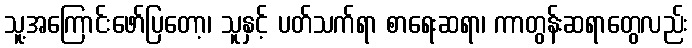
သူ့အကြောင်းဖော်ပြတော့၊ သူနှင့် ပတ်သက်ရာ စာရေးဆရာ၊ ကာတွန်းဆရာတွေလည်း